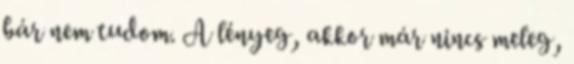
bár nem tudom. A lényeg, akkor már nincs meleg,